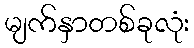
မျက်နှာတစ်ခုလုံး